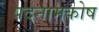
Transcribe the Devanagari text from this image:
पदनामकोष